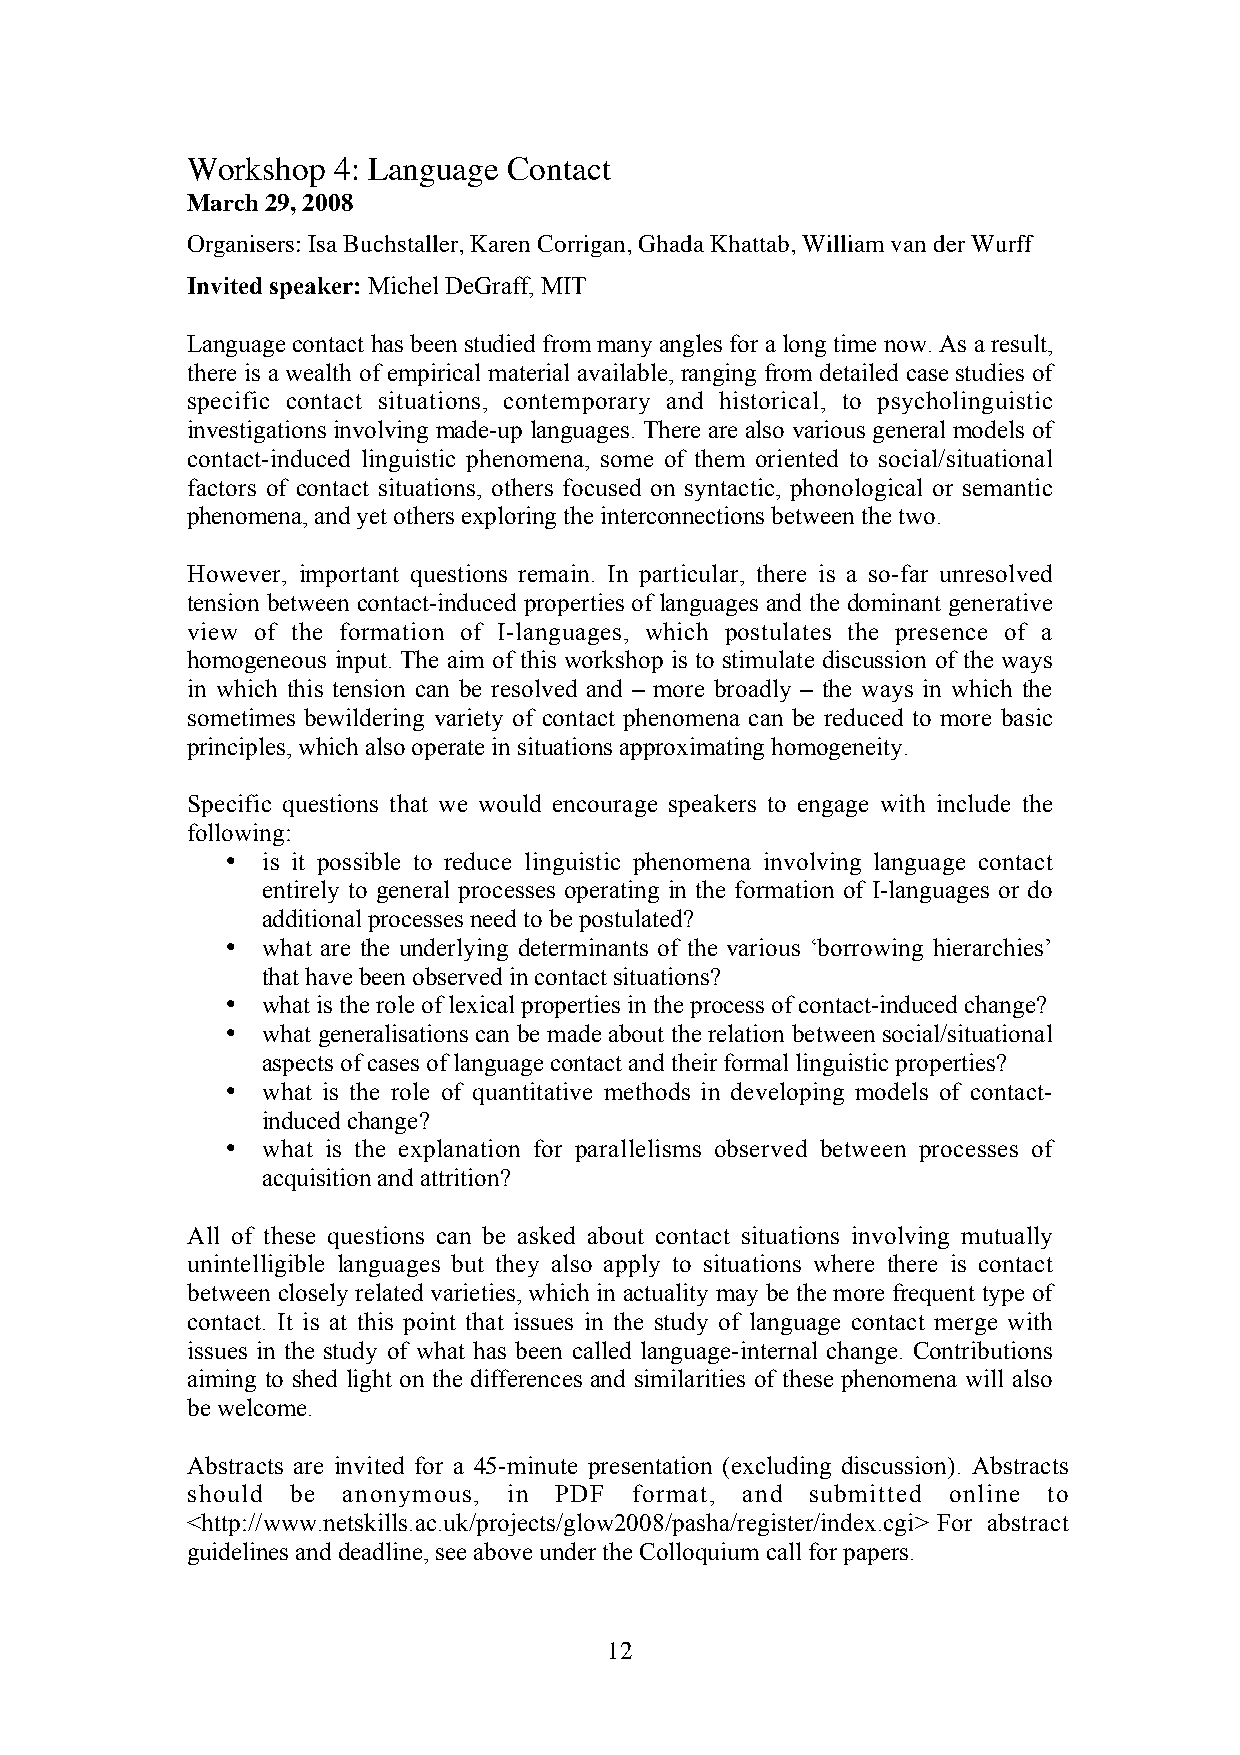
Workshop  4: Language Contact
 March 29, 2008
 Organisers: Isa Buchstaller, Karen Corrigan, Ghada Khattab, William van der Wurff
 Invited speaker: Michel DeGraff, MIT
 Language contact has been studied from many angles for a long time now. As a result,
 there is a wealth of empirical material available, ranging from detailed case studies of
 specific contact situations, contemporary and historical, to psycholinguistic
 investigations involving made-up languages. There are also various general models of
 contact-induced linguistic phenomena, some of them oriented to social/situational
 factors of contact situations, others focused on syntactic, phonological or semantic
 phenomena, and yet others exploring the interconnections between the two.
 However, important questions remain. In particular, there is a so-far unresolved
 tension between contact-induced properties of languages and the dominant generative
 view of the formation of I-languages, which postulates the presence of a
 homogeneous input. The aim of this workshop is to stimulate discussion of the ways
 in which this tension can be resolved and – more broadly – the ways in which the
 sometimes bewildering variety of contact phenomena can be reduced to more basic
 principles, which also operate in situations approximating homogeneity.
 Specific questions that we would encourage speakers to engage with include the
 following:
 • is it possible to reduce linguistic phenomena involving language contact
 entirely to general processes operating in the formation of I-languages or do
 additional processes need to be postulated?
 • what are the underlying determinants of the various ‘borrowing hierarchies’
 that have been observed in contact situations?
 • what is the role of lexical properties in the process of contact-induced change?
 • what generalisations can be made about the relation between social/situational
 aspects of cases of language contact and their formal linguistic properties?
 • what is the role of quantitative methods in developing models of contact-
 induced change?
 • what is the explanation for parallelisms observed between processes of
 acquisition and attrition?
 All of these questions can be asked about contact situations involving mutually
 unintelligible languages but they also apply to situations where there is contact
 between closely related varieties, which in actuality may be the more frequent type of
 contact. It is at this point that issues in the study of language contact merge with
 issues in the study of what has been called language-internal change. Contributions
 aiming to shed light on the differences and similarities of these phenomena will also
 be welcome.
 Abstracts are invited for a 45-minute presentation (excluding discussion). Abstracts
 should be  anonymous, in PDF  format, and submitted online to
 <http://www.netskills.ac.uk/projects/glow2008/pasha/register/index.cgi> For abstract
 guidelines and deadline, see above under the Colloquium call for papers.
 12